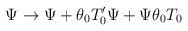
LaTeX: \begin{align*}\Psi \rightarrow \Psi +\theta _{0}T_{0}^{\prime }\Psi +\Psi \theta _{0}T_{0}\end{align*}